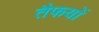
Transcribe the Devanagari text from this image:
तैफयों